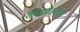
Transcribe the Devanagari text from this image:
सॉफ्टवेअर्सचा